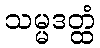
သမ္မဒတ္ထံ